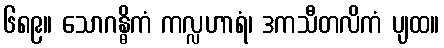
၆၈၉။ သောဂန္ဓိကံ ကလ္လဟာရံ၊ ဒကသီတလိကံ ပျထ။